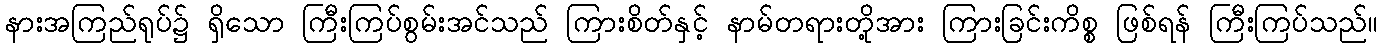
နားအကြည်ရုပ်၌ ရှိသော ကြီးကြပ်စွမ်းအင်သည် ကြားစိတ်နှင့် နာမ်တရားတို့အား ကြားခြင်းကိစ္စ ဖြစ်ရန် ကြီးကြပ်သည်။